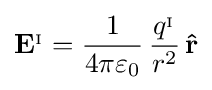
\mathbf {E} ^{_{\mathrm {I} }}={\frac {1}{4\pi \varepsilon _{0}}}\,{\frac {q^{_{\mathrm {I} }}}{r^{2}}}\,\mathbf {\hat {r}}